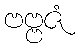
ဗဗ္ဗဇံ